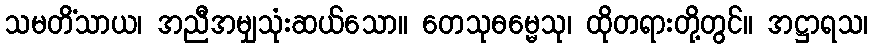
သမတိံသာယ၊ အညီအမျှသုံးဆယ်သော။ တေသုဓမ္မေသု၊ ထိုတရားတို့တွင်။ အဋ္ဌာရသ၊